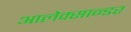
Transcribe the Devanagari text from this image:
आलेक्सान्डर